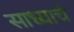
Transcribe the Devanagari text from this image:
साध्याचे